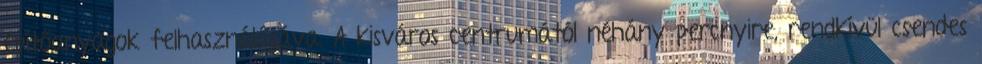
építőanyagok felhasználásáva. A kisváros centrumától néhány percnyire, rendkívül csendes